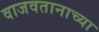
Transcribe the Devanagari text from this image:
वाजवतानाच्या